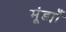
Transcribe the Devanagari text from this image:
मूंड्याँ